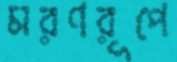
মরণরূপে